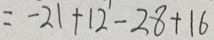
= - 2 1 + 1 2 - 2 8 + 1 6